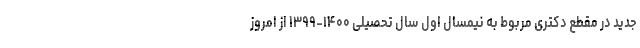
جدید در مقطع دکتری مربوط به نیمسال اول سال تحصیلی ۱۴۰۰-۱۳۹۹ از امروز